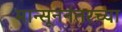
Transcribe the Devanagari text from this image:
मान्सूननंतरच्या